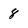
Character: 8